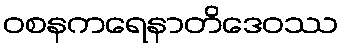
ဝစနကရေနာတိဒေဝဿ